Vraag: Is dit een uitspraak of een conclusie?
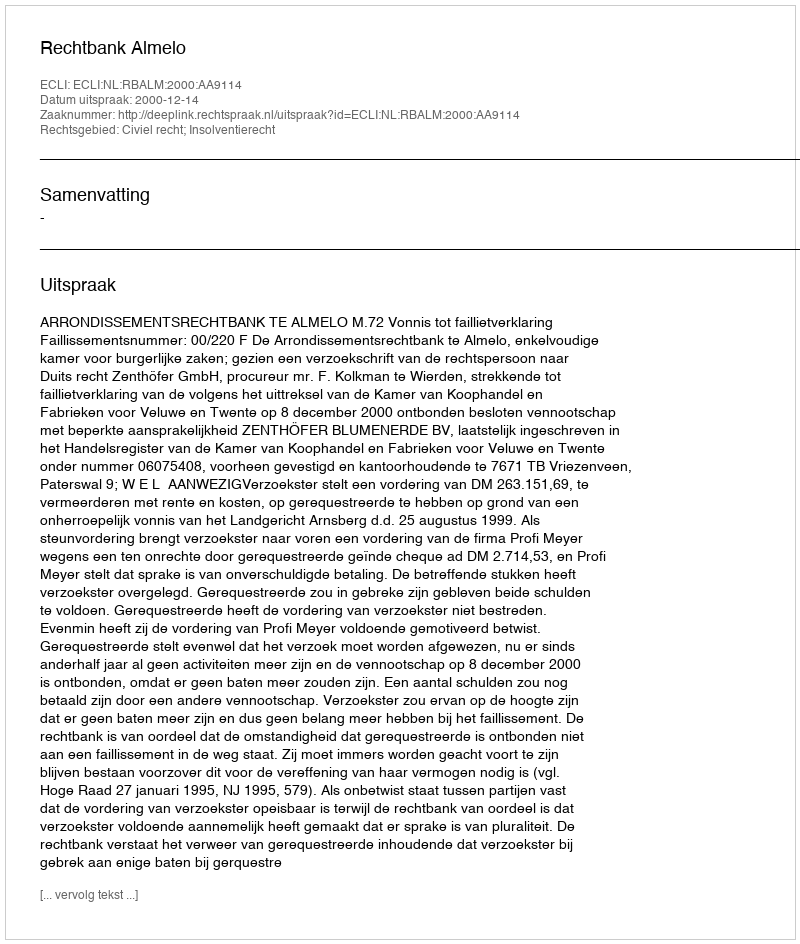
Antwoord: Uitspraak